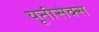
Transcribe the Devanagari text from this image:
यूनीसेक्स